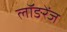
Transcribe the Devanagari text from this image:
लॉङरेंज